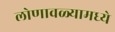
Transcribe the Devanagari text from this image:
लोणावळ्यामध्ये